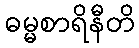
ဓမ္မစာရိနီတိ